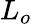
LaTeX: L_{o}